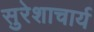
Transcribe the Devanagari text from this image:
सुरेशाचार्य